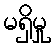
မရှိမှု